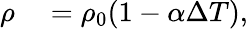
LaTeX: \begin{array}{rl}{\rho}&{{}=\rho_{0}(1-\alpha\Delta T),}\end{array}